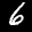
Label: 6